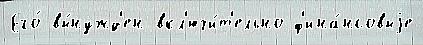
Его́ вы́нужд'ен вкл'ючи́т'ельно ф'ина́нсовыjе